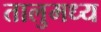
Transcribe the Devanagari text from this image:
तालुमध्य